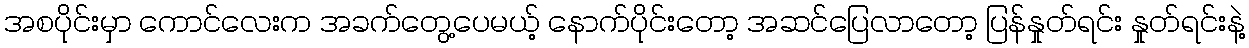
အစပိုင်းမှာ ကောင်လေးက အခက်တွေ့ပေမယ့် နောက်ပိုင်းတော့ အဆင်ပြေလာတော့ ပြန်နှုတ်ရင်း နှုတ်ရင်းနဲ့